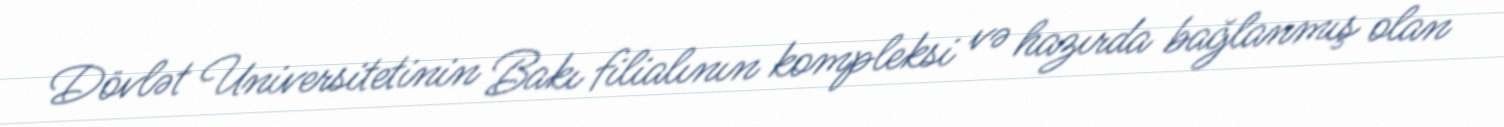
Dövlət Universitetinin Bakı filialının kompleksi və hazırda bağlanmış olan